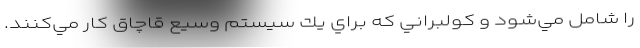
را شامل مي‌شود و كولبراني كه براي يك سيستم وسيع قاچاق كار مي‌كنند.